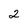
Character: 2